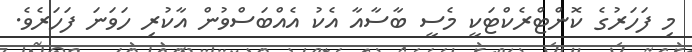
މި ފަހަރުގެ ކޮންޓްރެކްޓަކީ މެސީ ބާސާއާ އެކު އެއްބަސްވުން އާކުރި ހަވަނަ ފަހަރެވެ.